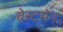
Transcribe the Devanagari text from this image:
बेस्टमेन